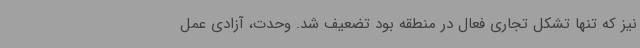
نیز که تنها تشکل تجاری فعال در منطقه بود تضعیف شد. وحدت، آزادی عمل